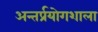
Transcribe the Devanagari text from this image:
अन्तर्प्रयोगशाला